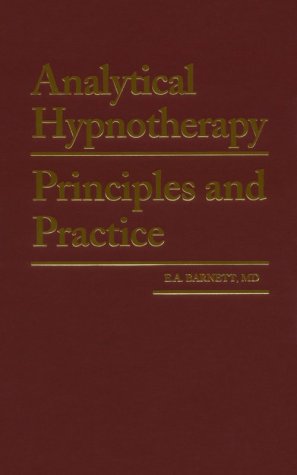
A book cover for Analytical Hypnotherapy: Principles and Practice; E. A. Barnett; Health, Fitness & Dieting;